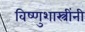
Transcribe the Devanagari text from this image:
विष्णुशास्त्रींनी